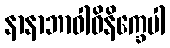
နာနာဘာဝါဝိနိက္ခေပါ